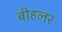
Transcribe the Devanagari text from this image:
बीहलर